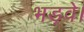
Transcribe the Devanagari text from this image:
भड़वे।